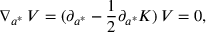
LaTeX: \nabla _ { a ^ { * } } \, V = ( \partial _ { a ^ { * } } - { \frac { 1 } { 2 } } \partial _ { a ^ { * } } K ) \, V = 0 ,